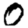
Digit: 0